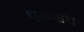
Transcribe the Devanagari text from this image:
धूमनाथ